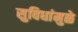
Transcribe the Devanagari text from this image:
सुविधांमुळे